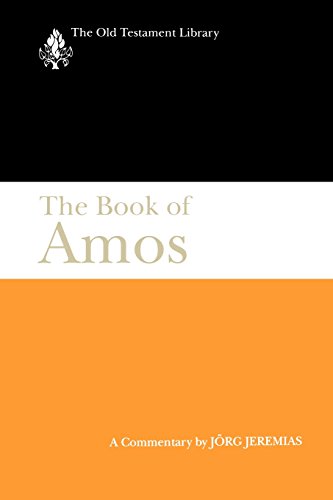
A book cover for The Book of Amos: A Commentary (The Old Testament Library); Jorg Jeremias; Christian Books & Bibles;